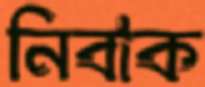
নিবাক